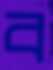
ব